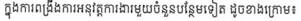
ក្នុងការពង្រឹងការអនុវត្តការងារមួយចំនួនបន្ថែមទៀត ដូចខាងក្រោម៖